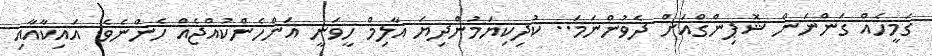
ގަމީހެއް ގަންނަން ޝޮޕިންގްއަށް ދެވުންނަމަ.. ކުދިކިޔަމުންދިޔަ އާލިމް ހީވަނީ އަންހެންކުއްޖެއް ހެންނެވެ. އައިކާއާއި